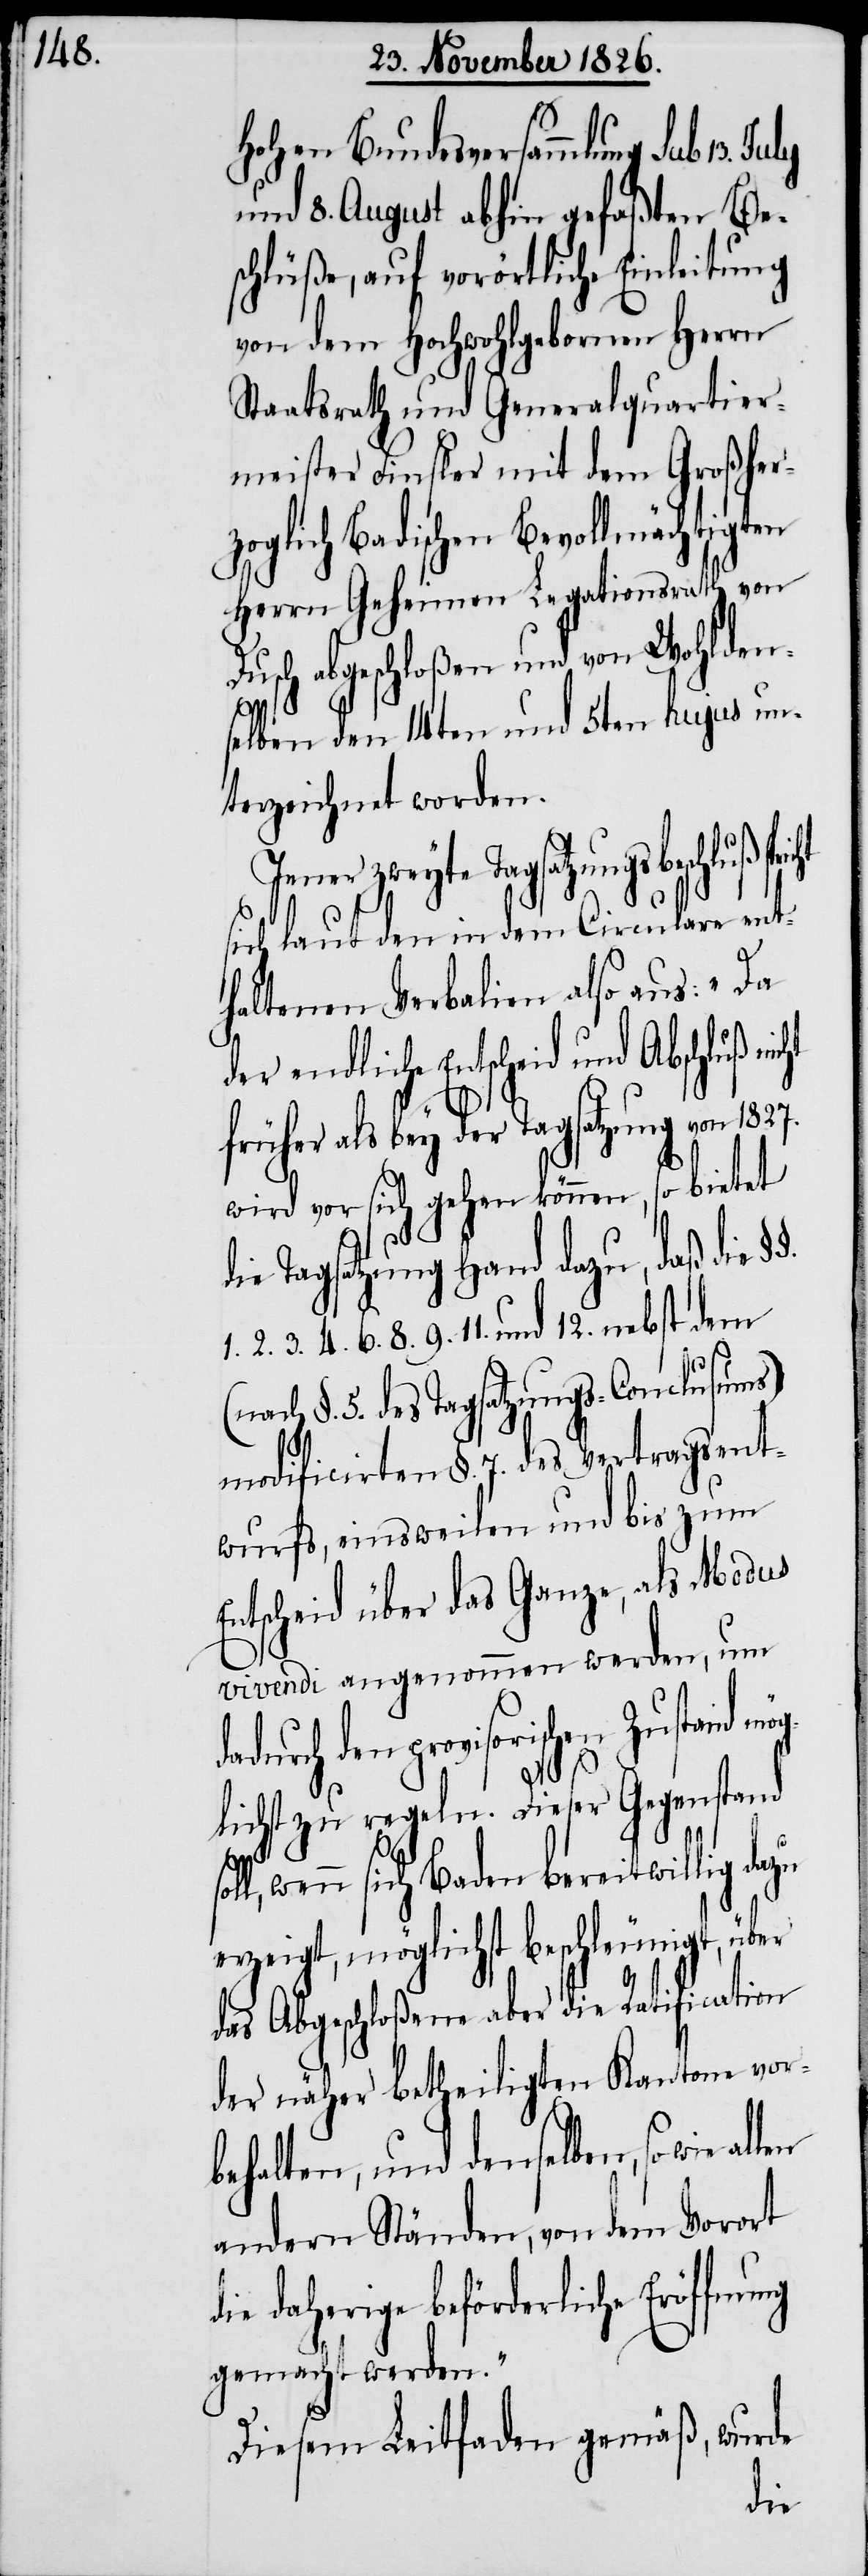
hohen Bundesversammlung sub 13.
und 8. August abhin gefaßten Be¬
schlüße, auf vorörtliche Einleitung
von dem Hochwohlgebornen Herrn
Staatsrath und Generalquartier¬
meister Finsler mit dem Großher¬
zoglich Badischen Bevollmächtigten
Herrn Geheimen Legationsrath von
Dusch abgeschloßen und von Wohlden¬
selben den 14ten und 5ten hujus un¬
terzeichnet worden.
Jener zweyte Tagsatzungsbeschluß
sich laut den in dem Circulare ent¬
haltenen Verbalien also aus: „Da
der endliche Entscheid und
früher als bey der Tagsatzung von
wird vor sich gehen können, so bietet
die Tagsatzung Hand dazu, daß die
1. 2. 3. 4. 6. 8. 9. 11. und 12. nebst dem
§. 5. des Tagsatzungs-Conclusums)
modificirten §. 7. des Vertragsent¬
wurfs, einsweilen und bis zum
Entscheid über das Ganze, als Modus
vivendi angenommen werden, um
den provisorischen Zustand
glichst zu regeln. Dieser Gegenstand
so¬
ll, wenn sich Baden bereitwillig dazu
erzeigt, möglichst beschleunigt, über
das Abgeschloßene aber die Ratification
der näher betheiligten Kantone vor¬
behalten, und denselben, so wie
andern Ständen, von dem Vorort
daherige beförderliche Eröffnung
gemacht werden.“
Diesem Leitfaden gemäß, wurde
die